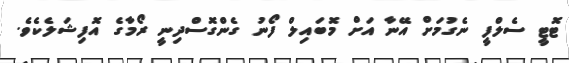
ޓޮޓީ ސެލްފީ ނެގުމަށް އޭނާ އަށް މޮބައިލް ފޯނު ގެންގޮސްދިނީ ރޯމާގެ އޮފިޝަލެކެވެ.